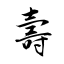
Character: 壽